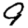
Digit: 9